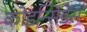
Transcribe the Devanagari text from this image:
कोइन्सिडेंस